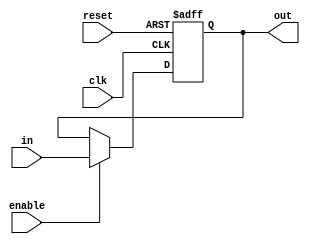
/*
 * Mark Mossberg
 * 12/5/2014
 * EECE 3324
 *
 * reg32.v -- 32 bit register
 */

module reg32 (clk, in, enable, reset, out);

input enable, reset, clk;
input [31:0] in;
output reg [31:0] out;

always @(posedge clk or posedge reset)
begin
    if (reset)
        out <= 32'h3000;
    else if (enable)
        out <= in;
end

endmodule